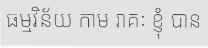
ធម្មវិន័យ កាម រាគៈ ខ្ញុំ បាន